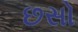
છસો